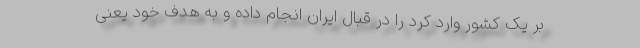
بر یک کشور وارد کرد را در قبال ایران انجام داده و به هدف خود یعنی